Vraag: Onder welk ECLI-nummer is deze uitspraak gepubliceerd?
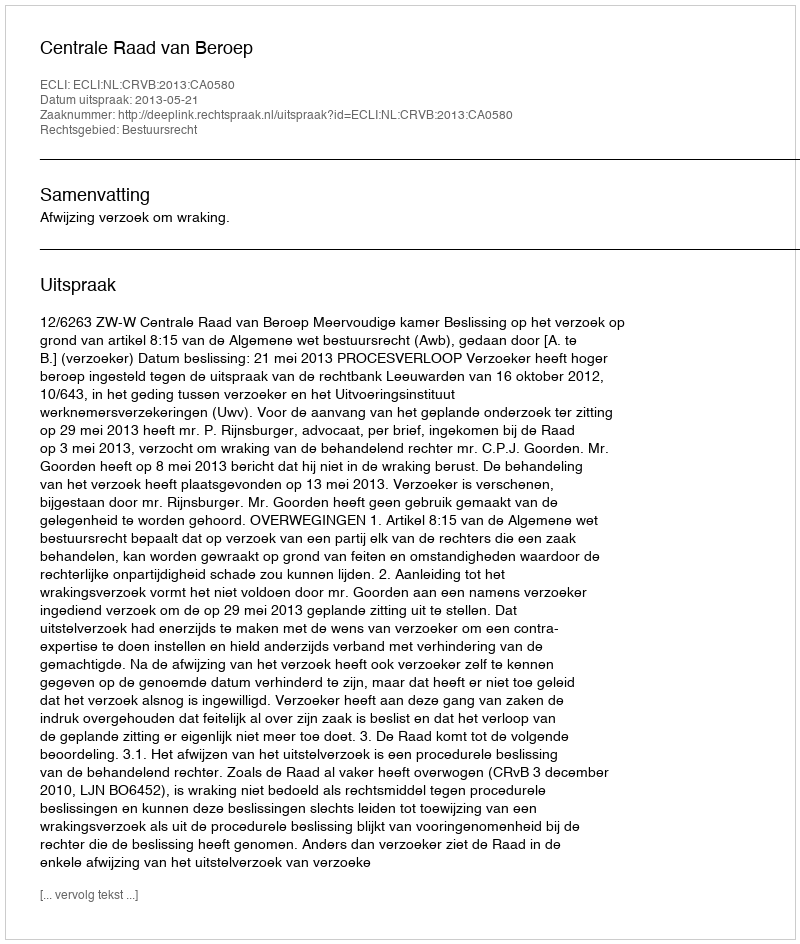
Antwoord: ECLI:NL:CRVB:2013:CA0580